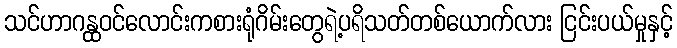
သင်ဟာဂန္ထဝင်လောင်းကစားရုံဂိမ်းတွေရဲ့ပရိသတ်တစ်ယောက်လား ငြင်းပယ်မှုနှင့်